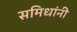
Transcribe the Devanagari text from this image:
समिधांनी